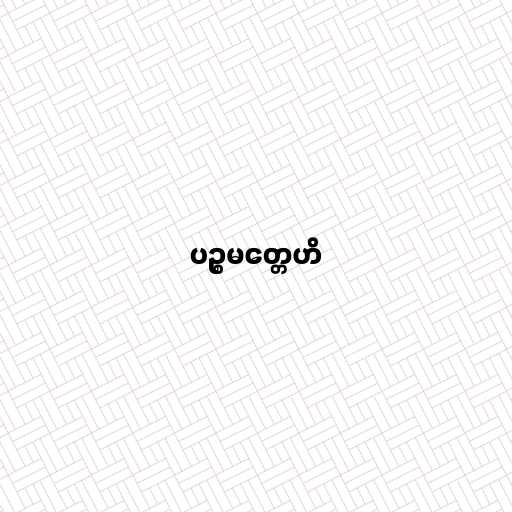
ပဉ္စမတ္တေဟိ